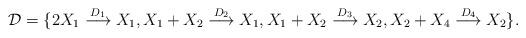
LaTeX: \begin{align*}\mathcal{D} = \{ 2X_1 \stackrel{D_1}{\longrightarrow} X_1, X_1 + X_2 \stackrel{D_2}{\longrightarrow} X_1, X_1 + X_2 \stackrel{D_3}{\longrightarrow} X_2, X_2 + X_4 \stackrel{D_4}{\longrightarrow} X_2\}.\end{align*}